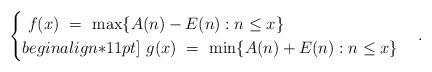
LaTeX: \begin{align*}\begin{cases}\ f(x) \ = \ \max\{A(n) - E(n): n \leq x\} \\begin{align*}11pt]\ g(x) \ = \ \min\{A(n) + E(n) : n \leq x\}\end{cases}.\end{align*}